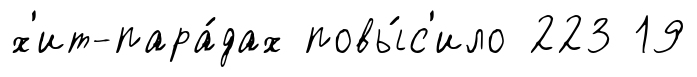
х'ит-пара́дах повы́с'ило 223 19